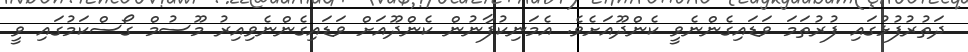
ދަތުރުފުޅުގައި ފުރުތަމަ ވަޑައިގެންނެވީ ކެންދޫއަށެވެ. އެމަނިކުފާނުން ކެންދޫއަށް ވަޑައިގެންނެވިއިރު މޫސުމް ގޯސްކަމުގައި ވީ